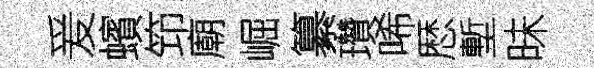
爰蠙笻廟崛纂瓚唏厯塹昧